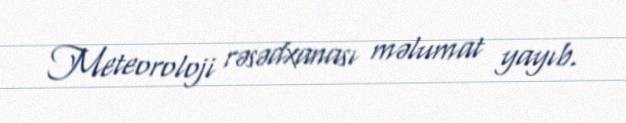
Meteoroloji rəsədxanası məlumat yayıb.